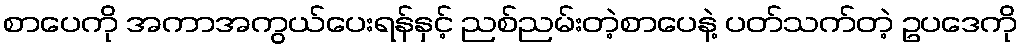
စာပေကို အကာအကွယ်ပေးရန်နှင့် ညစ်ညမ်းတဲ့စာပေနဲ့ ပတ်သက်တဲ့ ဥပဒေကို